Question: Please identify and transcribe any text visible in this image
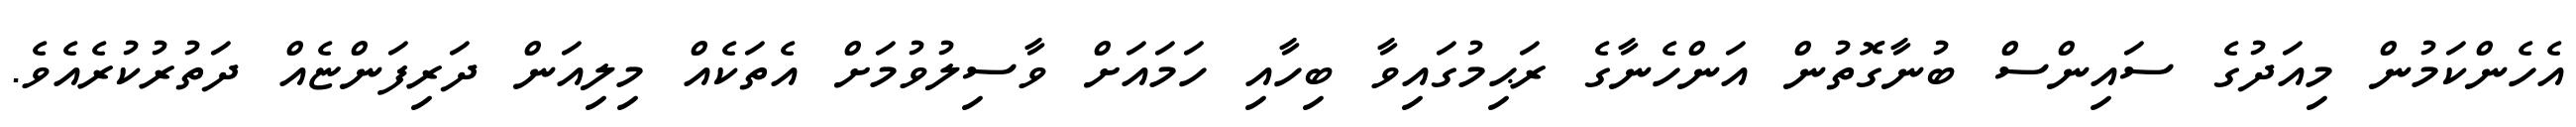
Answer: އެހެންކަމުން މިއަދުގެ ސައިންސް ބުނާގޮތުން އަންހެނާގެ ރަޙިމުގައިވާ ބިހާއި ހަމައަށް ވާސިލުވުމަށް އެތަކެއް މިލިއަން ދަރިފަންޏެއް ދަތުރުކުރެއެވެ.